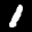
Label: 1